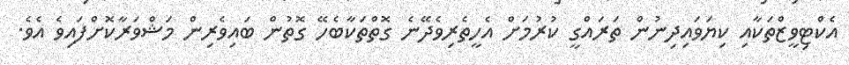
އެކްޓިވީޒްތަކާއި ކިޔަވައިދިނުން ތަރައްގީ ކުރުމަށް އެހީތެރިވެދޭނެ ގޮތްތަކާބެހޭ ގޮތުން ބައިވެރިން މަޝްވަރާކޮށްފައިވެ އެވެ.